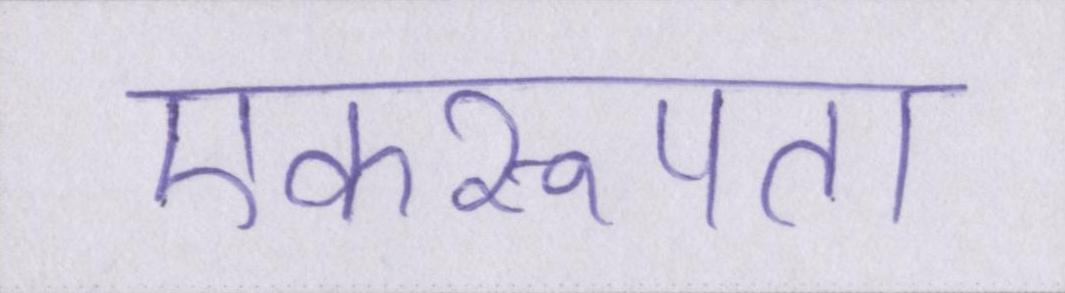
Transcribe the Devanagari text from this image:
एकरूपता